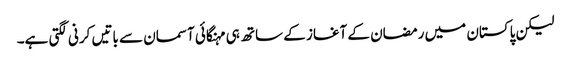
لیکن پاکستان میں رمضان کے آغاز کے ساتھ ہی مہنگائی آسمان سے باتیں کرنی لگتی ہے۔